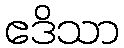
ဧဒိသာ